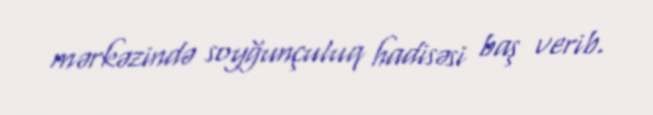
mərkəzində soyğunçuluq hadisəsi baş verib.